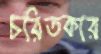
চরিতকার